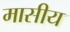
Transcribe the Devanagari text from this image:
मासीय